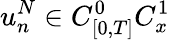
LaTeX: u_{n}^{N}\in C_{[0,T]}^{0}C_{x}^{1}